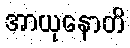
အာယုနောတိ